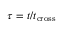
\tau = t / t _ { \mathrm { c r o s s } }